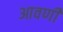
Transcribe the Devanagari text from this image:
आवणी